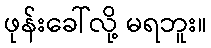
ဖုန်းခေါ်လို့ မရဘူး။